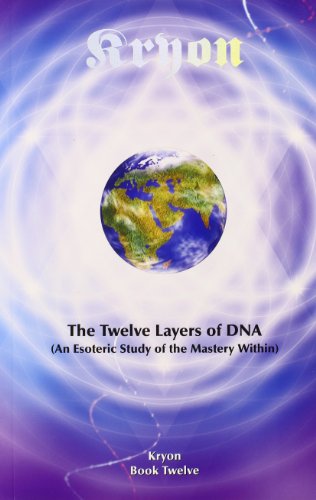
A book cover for The Twelve Layers of DNA: An Esoteric Study of the Mastery Within (Kryon); Lee Carroll; Religion & Spirituality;